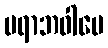
ပရာဘဝါပေ